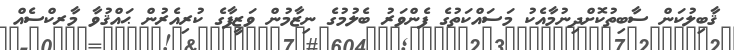
ޤާބިލުކަން ސާބިތުކޮށްދިނުމާއެކު މަސައްކަތުގެ ފެންވަރު ބެލުމުގެ ނިޒާމުން ވަޒީފާގެ ކުރިއެރުން ޙައްޤުވާ މާރކްސެއް